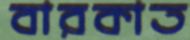
বারকাত